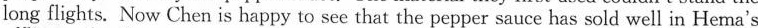
long flights. Now Chen is happy to see that the pepper sauce has sold well in Hema's